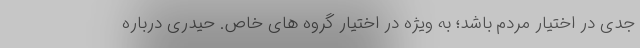
جدی در اختیار مردم باشد؛ به ویژه در اختیار گروه های خاص. حیدری درباره